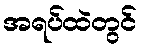
အရပ်ထဲတွင်